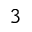
^ 3